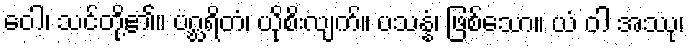
ဝေါ၊ သင်တို့၏။ ပဂ္ဃရိတံ၊ ယိုစိးလျက်။ ပသန္နံ၊ ဖြစ်သော။ ယံ ဝါ အဿု၊